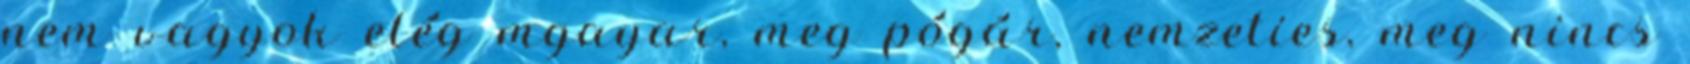
nem vagyok elég mgayar, meg pógár, nemzeties, meg nincs